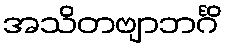
အသိတဗျာဘင်္ဂိ